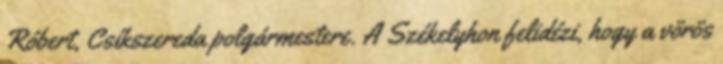
Róbert, Csíkszereda polgármestere. A Székelyhon felidézi, hogy a vörös